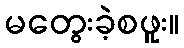
မတွေးခဲ့စဖူး။